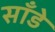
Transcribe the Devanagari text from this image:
साँडे